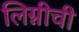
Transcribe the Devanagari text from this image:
लिग्नीची